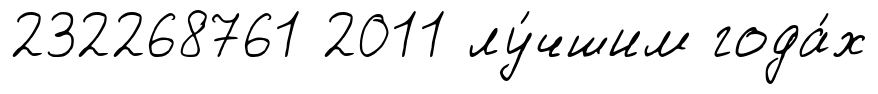
232268761 2011 лу́чшим года́х